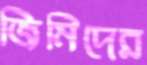
জিমিদের